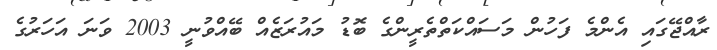
ރާއްޖޭގައި އެންމެ ފަހުން މަސައްކަތްތެރީންގެ ބޮޑު މައުރަޒެއް ބޭއްވުނީ 2003 ވަނަ އަހަރުގެ